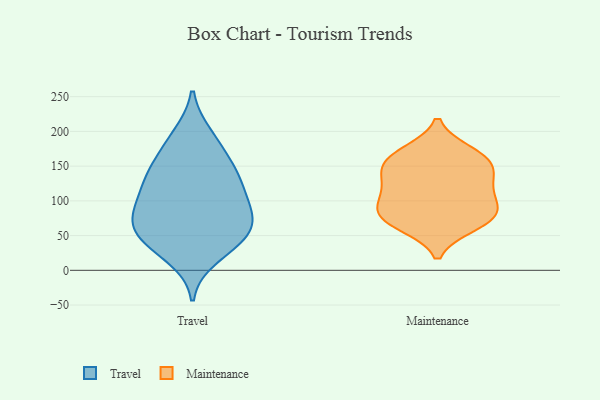
{"axis": {"x": "Tickets Resolved", "y": "Value"}, "legend": ["Maintenance", "Travel"], "data": [{"x": "", "y": 72, "type": "Travel"}, {"x": "", "y": 47, "type": "Travel"}, {"x": "", "y": 48, "type": "Travel"}, {"x": "", "y": 80, "type": "Travel"}, {"x": "", "y": 116, "type": "Travel"}, {"x": "", "y": 52, "type": "Travel"}, {"x": "", "y": 75, "type": "Travel"}, {"x": "", "y": 189, "type": "Travel"}, {"x": "", "y": 72, "type": "Travel"}, {"x": "", "y": 128, "type": "Travel"}, {"x": "", "y": 102, "type": "Travel"}, {"x": "", "y": 19, "type": "Travel"}, {"x": "", "y": 195, "type": "Travel"}, {"x": "", "y": 110, "type": "Travel"}, {"x": "", "y": 143, "type": "Travel"}, {"x": "", "y": 153, "type": "Travel"}, {"x": "", "y": 35, "type": "Travel"}, {"x": "", "y": 153, "type": "Travel"}, {"x": "", "y": 145, "type": "Maintenance"}, {"x": "", "y": 118, "type": "Maintenance"}, {"x": "", "y": 159, "type": "Maintenance"}, {"x": "", "y": 86, "type": "Maintenance"}, {"x": "", "y": 88, "type": "Maintenance"}, {"x": "", "y": 101, "type": "Maintenance"}, {"x": "", "y": 65, "type": "Maintenance"}, {"x": "", "y": 165, "type": "Maintenance"}, {"x": "", "y": 142, "type": "Maintenance"}, {"x": "", "y": 73, "type": "Maintenance"}, {"x": "", "y": 71, "type": "Maintenance"}, {"x": "", "y": 170, "type": "Maintenance"}, {"x": "", "y": 123, "type": "Maintenance"}]}